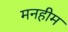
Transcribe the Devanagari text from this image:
मनहीम